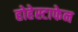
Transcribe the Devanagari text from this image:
होहेस्टाफेन